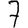
Digit: 7